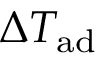
\Delta T _ { \mathrm { { a d } } }